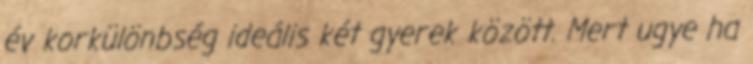
év korkülönbség ideális két gyerek között. Mert ugye ha